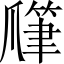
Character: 𤔯